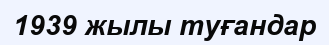
1939 жылы туғандар